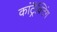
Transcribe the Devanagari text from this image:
कांट्रैक्टिंग